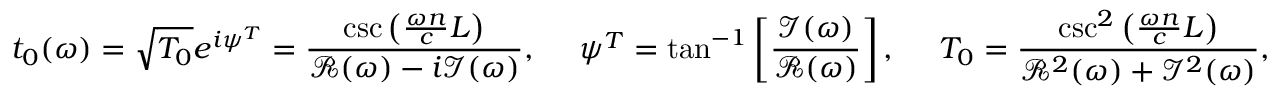
t _ { 0 } ( \omega ) = \sqrt { T _ { 0 } } e ^ { i \psi ^ { T } } = \frac { \csc \left( \frac { \omega n } { c } L \right) } { { \it \mathcal { R } } ( \omega ) - i { \it \mathcal { I } } ( \omega ) } , \ \ \ \ \psi ^ { T } = \tan ^ { - 1 } \left[ \frac { \mathcal { I } ( \omega ) } { \mathcal { R } ( \omega ) } \right] , \ \ \ \ T _ { 0 } = \frac { \csc ^ { 2 } \left( \frac { \omega n } { c } L \right) } { { \it \mathcal { R } } ^ { 2 } ( \omega ) + { \it \mathcal { I } } ^ { 2 } ( \omega ) } ,